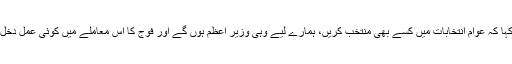
انہوں نے کہا کہ عوام انتخابات میں کسے بھی منتخب کریں، ہمارے لیے وہی وزیر اعظم ہوں گے اور فوج کا اس معاملے میں کوئی عمل دخل نہیں ہوگا۔